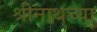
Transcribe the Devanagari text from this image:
श्रीनाथच्या